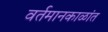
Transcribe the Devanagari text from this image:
वर्तमानकाळांत